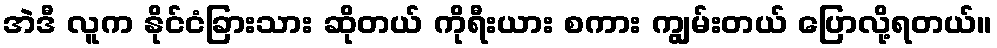
အဲဒီ လူက နိုင်ငံခြားသား ဆိုတယ် ကိုရီးယား စကား ကျွမ်းတယ် ပြောလို့ရတယ်။